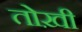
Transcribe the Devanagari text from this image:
तोख़ी